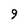
Character: 9